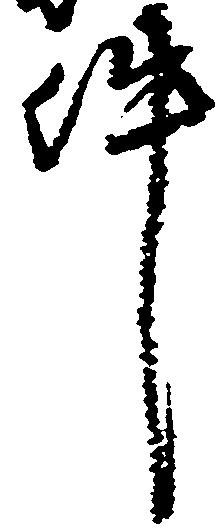
件